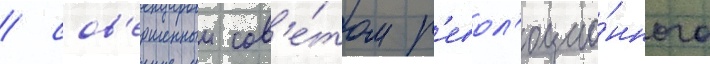
/ сов'ершенныи сов'е́том р'евол'юцио́нного